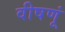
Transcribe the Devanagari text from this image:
वीषणूं